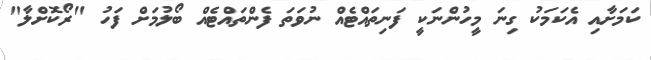
ކަމަށާއި އެކަަމަކު ގިނަ މީހުންނަކީ ފަނިތައްޓެއް ނުވަތަ ފެންތައްޓެއް ބޯލުމަށް ފަހު "ރޯކޮށްލާ"